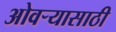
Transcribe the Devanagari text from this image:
ओवऱ्यासाठी